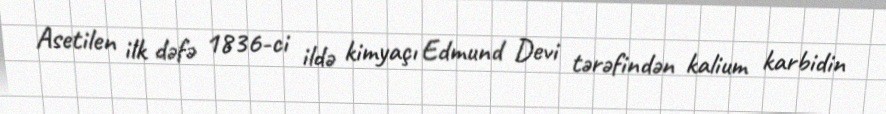
Asetilen ilk dəfə 1836-ci ildə kimyaçı Edmund Devi tərəfindən kalium karbidin